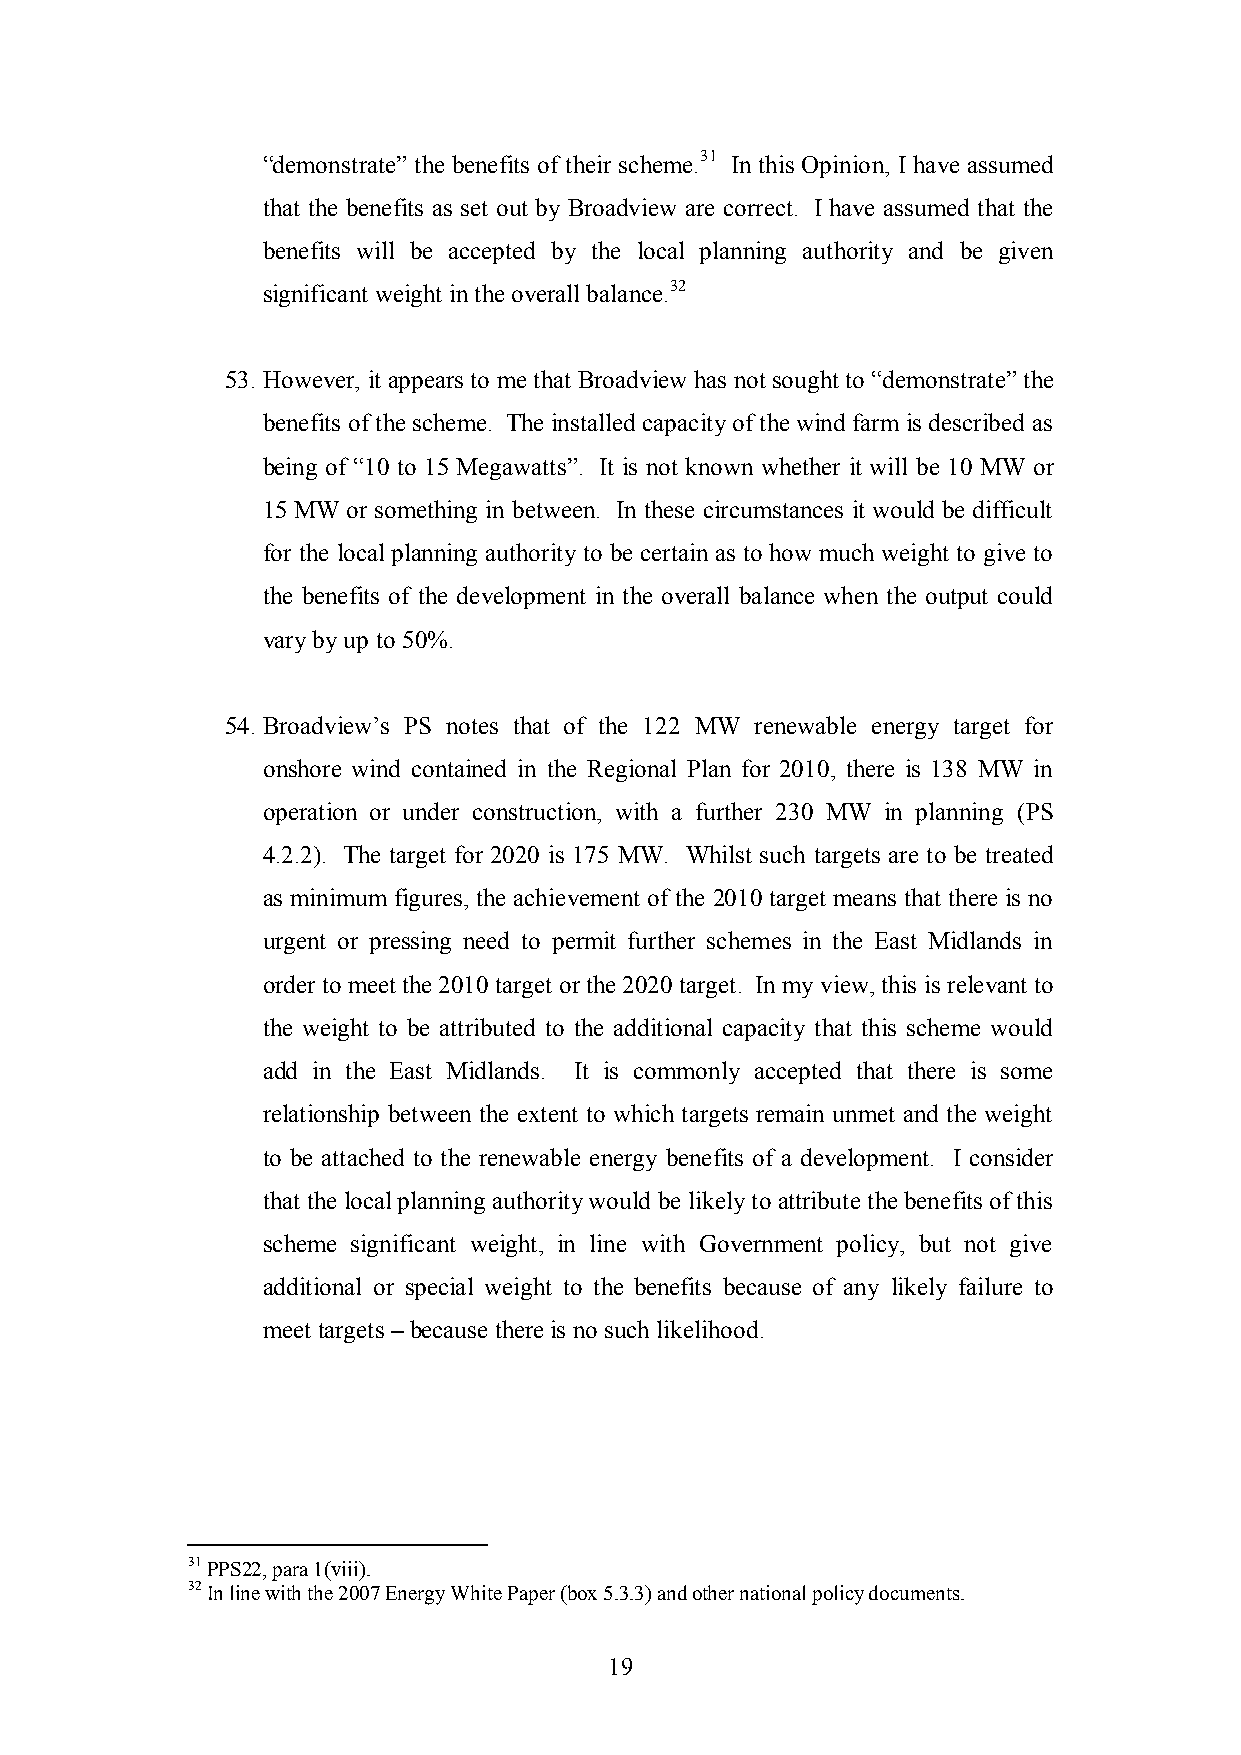
“demonstrate” the benefits of their scheme.31 In this Opinion, I have assumed
 that the benefits as set out by Broadview are correct. I have assumed that the
 benefits will be accepted by the local planning authority and be given
 significant weight in the overall balance.32
 53. However, it appears to me that Broadview has not sought to “demonstrate” the
 benefits of the scheme. The installed capacity of the wind farm is described as
 being of “10 to 15 Megawatts”. It is not known whether it will be 10 MW or
 15 MW or something in between. In these circumstances it would be difficult
 for the local planning authority to be certain as to how much weight to give to
 the benefits of the development in the overall balance when the output could
 vary by up to 50%.
 54. Broadview‟s PS notes that of the 122 MW renewable energy target for
 onshore wind contained in the Regional Plan for 2010, there is 138 MW in
 operation or under construction, with a further 230 MW in planning (PS
 4.2.2). The target for 2020 is 175 MW. Whilst such targets are to be treated
 as minimum figures, the achievement of the 2010 target means that there is no
 urgent or pressing need to permit further schemes in the East Midlands in
 order to meet the 2010 target or the 2020 target. In my view, this is relevant to
 the weight to be attributed to the additional capacity that this scheme would
 add in the East Midlands. It is commonly accepted that there is some
 relationship between the extent to which targets remain unmet and the weight
 to be attached to the renewable energy benefits of a development. I consider
 that the local planning authority would be likely to attribute the benefits of this
 scheme significant weight, in line with Government policy, but not give
 additional or special weight to the benefits because of any likely failure to
 meet targets – because there is no such likelihood.
 31 PPS22, para 1(viii).
 32 In line with the 2007 Energy White Paper (box 5.3.3) and other national policy documents.
 19